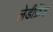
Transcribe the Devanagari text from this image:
लेडीफ्रेंड